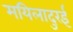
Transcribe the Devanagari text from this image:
मयिलादुरई